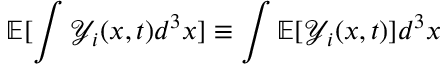
\mathbb { E } [ \int \mathcal { Y } _ { i } ( x , t ) d ^ { 3 } x ] \equiv \int \mathbb { E } [ \mathcal { Y } _ { i } ( x , t ) ] d ^ { 3 } x